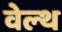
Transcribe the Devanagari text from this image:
वेल्‍थ